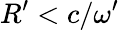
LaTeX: R^{\prime}<c/\omega^{\prime}